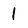
Character: 1